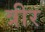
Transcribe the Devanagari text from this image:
त्रीर